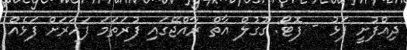
ދިއްފުށީ ފަޅު - ފޮޓޯ: ގޫގުލް އާތް ރާއްޖޭގައި ފުރަތަމަ ފަހަރަށް ފަޅެއް